Annual report on the mental hospital in the Central Provinces and Berar (Nagpur) - 1927-1951
Year: 1927
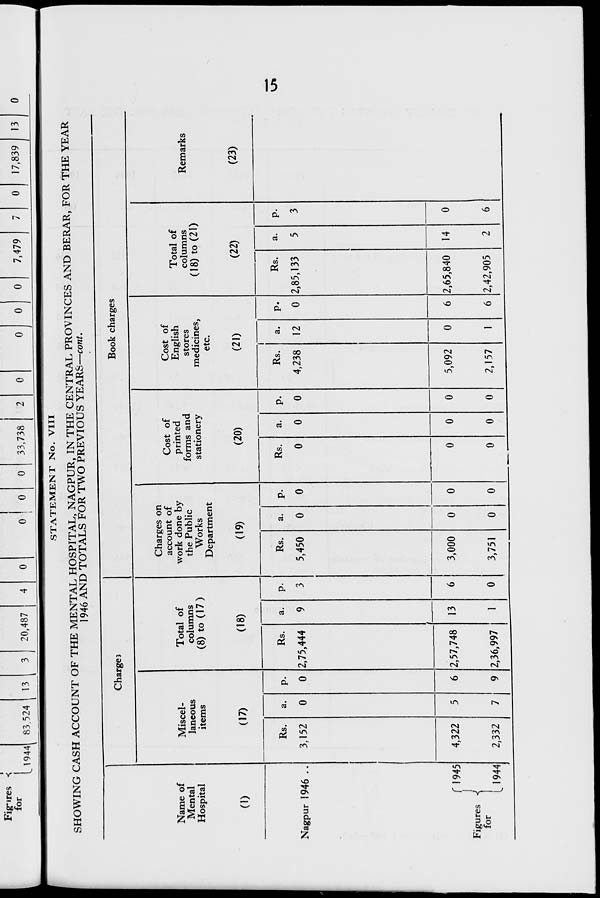
Figures s
for
t 1944 83.524 13
i
I
20,487
0
0 I 0
0
33,738
0
0
0
0
7,479
0
17,839
13
STATEMENT No. VIII
SHOWING CASH ACCOUNT OF THE MENTAL HOSPITAL, NAGPUR, IN THE CENTRAL PROVINCES AND BERAR, FOR THE YEAR
1946 AND TOTALS FOR TWO PREVIOUS YEARS—cont.
0
Charge?
Book charges
Name of
Mental
Hospital
(0
Miscel-
laneous
items
(17)
Total of
columns
(8) to (17)
(18)
Charges on
account of
work done by
the Public
Works
Department
(19)
Cost of
printed
forms and
stationery
(20)
Cost of
English
stores
medicines,
etc.
(21)
Total of
columns
(18) to (21)
(22)
Remarks
(23)
Nagpur 1946 ..
Rs.
3,152
a.
0
P-
0
Rs.
2,75,444
a.
9
13
1
P-
3
6
0
Rs.
5,450
a.
0
0
0
P.
0
Rs.
0
a.
0
P-
0
Rs.
4,238
a.
12
P.
0
Rs.
2,85,133
a.
5
14
2
P-
3
0
6
fl945
Figures -l
for
L 1944
4,322
2,332
5
6
9
2,57,748
2,36,997
3,000
3,751
0
0
I
0
0
0
0
0
0
5,092
2,157
0
1
6
6
2,65,840
2,42,905
u%